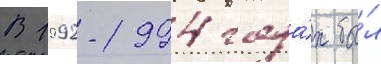
В 1992-1994 года́х бы́л